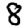
Digit: 8